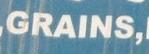
grains